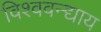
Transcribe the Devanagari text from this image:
विश्ववन्द्याय